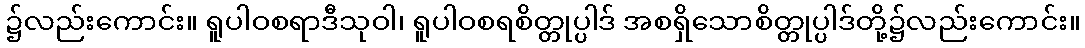
၌လည်းကောင်း။ ရူပါဝစရာဒီသုဝါ၊ ရူပါဝစရစိတ္တုပ္ပါဒ် အစရှိသောစိတ္တုပ္ပါဒ်တို့၌လည်းကောင်း။